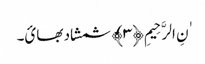
ٰنِ الرَّحِیمِ ﴿٣﴾ شمشاد بھائ۔